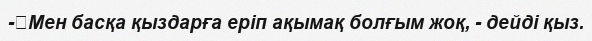
-	Мен басқа қыздарға еріп ақымақ болғым жоқ, - дейді қыз.